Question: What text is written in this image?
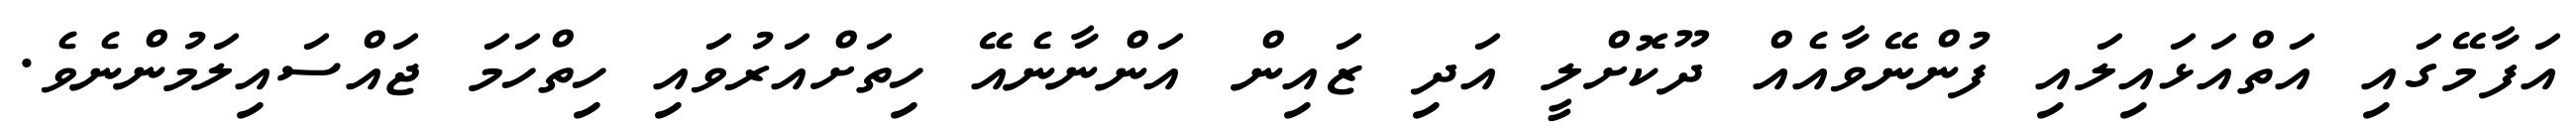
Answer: އަފާމޭގައި އަތްއަޅައިލައި ފުންނޭވާއެއް ދޫކޮށްލީ އަދި ޒައިން އަންނާނެއޭ ހިތަށްއަރުވައި ހިތްހަމަ ޖައްސައިލަމުންނެވެ.